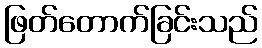
ဖြတ်တောက်ခြင်းသည်